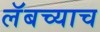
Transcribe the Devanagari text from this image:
लॅबच्याच